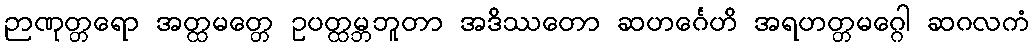
ဉာဏုတ္တရော အတ္ထမတ္တေ ဥပတ္ထမ္ဘဘူတာ အဒိဿတော ဆဟင်္ဂေဟိ အရဟတ္တမဂ္ဂေါ ဆဂလကံ